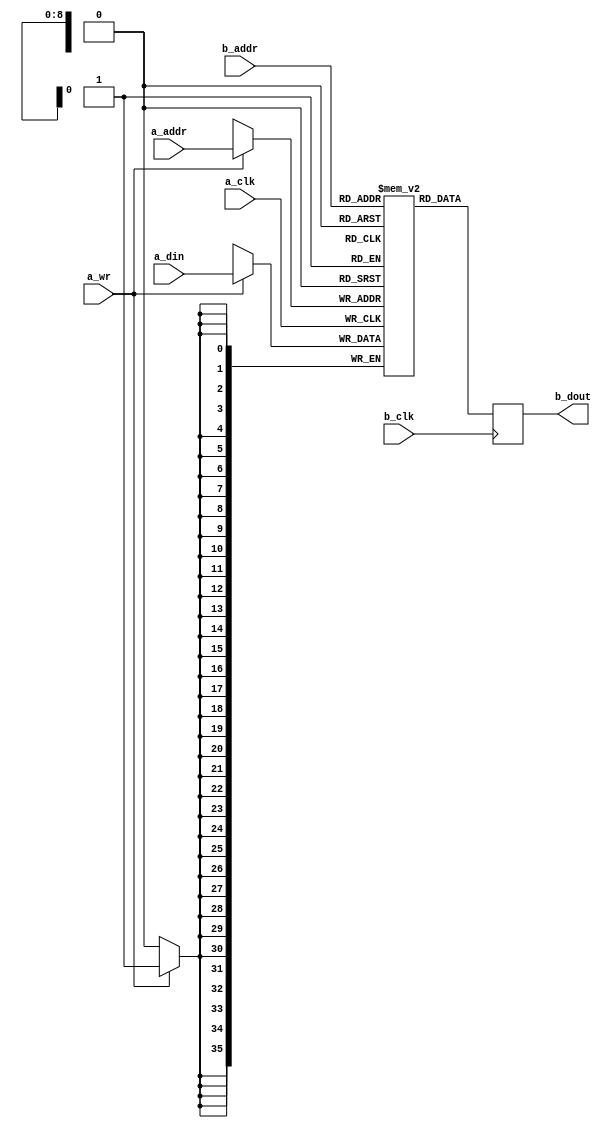
`default_nettype none

module dpram #(
    parameter DATA = 36,
    parameter ADDR = 9
) (
    // Port A: Write Port
    input   wire                a_clk,
    input   wire                a_wr,
    input   wire    [ADDR-1:0]  a_addr,
    input   wire    [DATA-1:0]  a_din,
//    output  reg     [DATA-1:0]  a_dout,

    // Port B: Read Port
    input   wire                b_clk,
//    input   wire                b_wr,
    input   wire    [ADDR-1:0]  b_addr,
//    input   wire    [DATA-1:0]  b_din,
    output  reg     [DATA-1:0]  b_dout
);

// Shared memory
reg [DATA-1:0] mem [(2**ADDR)-1:0];
//   initial begin
//     $readmemh("../build/nuc.hex", mem);
//   end

// Port A: Write Port
always @(posedge a_clk) begin
    // a_dout      <= mem[a_addr];
    if(a_wr) begin
//        a_dout      <= a_din;
        mem[a_addr] <= a_din;
    end
end

// Port B: Read Port
always @(posedge b_clk) begin
    b_dout      <= mem[b_addr];
    // if(b_wr) begin
    //     b_dout      <= b_din;
    //     mem[b_addr] <= b_din;
    // end
end

endmodule